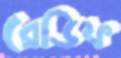
রেডিফ